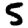
Digit: 5